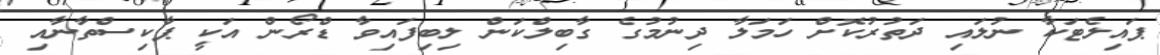
ޕައިލެޓަކާ ނުލައި ދަތުރުކޮށް ހަމަލާ ދިނުމުގެ ގާބިލްކަން ލިބިފައިވާ ޑްރޯން އަކީ ޕާކިސްތާނާއި